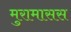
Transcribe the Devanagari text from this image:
मुरामासस